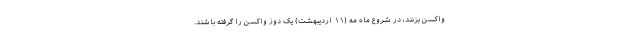
واکسن بزنند، در شروع ماه مه (۱۱ اردیبهشت) یک دوز واکسن را گرفته باشند.